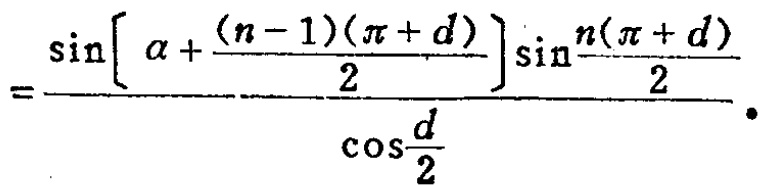
\[
=\frac{\sin\left[\alpha+\frac{(n - 1)(\pi + d)}{2}\right]\sin\frac{n(\pi + d)}{2}}{\cos\frac{d}{2}}.
\]